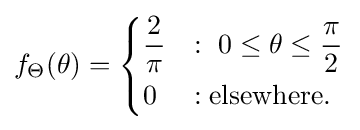
f_{\Theta }(\theta )={\begin{cases}{\dfrac {2}{\pi }}&:\ 0\leq \theta \leq {\dfrac {\pi }{2}}\\[4px]0&:{\text{elsewhere.}}\end{cases}}